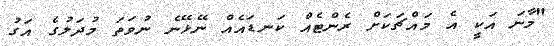
"މާނަ އަކީ އެ މައްޗަކަށް ރެންޓެއް ކަނޑައެއް ނޭޅޭނެ ނުވަތަ މުދަލުގެ އަގު